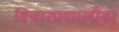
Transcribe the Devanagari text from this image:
विचारप्रणालींवर